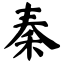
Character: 秦